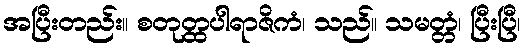
အပြီးတည်း။ စတုတ္ထပါရာဇိကံ၊ သည်။ သမတ္တံ၊ ပြီးပြီ၊